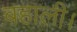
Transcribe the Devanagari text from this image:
बहाली।